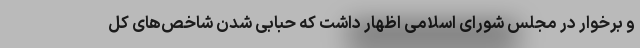
و برخوار در مجلس شورای اسلامی اظهار داشت که حبابی شدن شاخص‌های کل